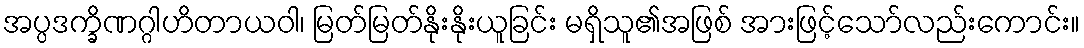
အပ္ပဒက္ခိဏဂ္ဂါဟိတာယဝါ၊ မြတ်မြတ်နိုးနိုးယူခြင်း မရှိသူ၏အဖြစ် အားဖြင့်သော်လည်းကောင်း။